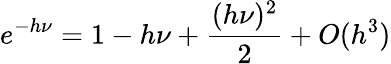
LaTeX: e^{-h\nu}=1-h\nu+\frac{(h\nu)^{2}}{2}+O(h^{3})